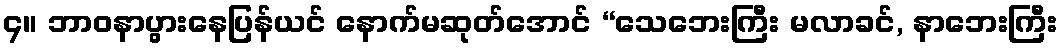
၄။ ဘာဝနာပွားနေပြန်ယင် နောက်မဆုတ်အောင် “သေဘေးကြီး မလာခင်, နာဘေးကြီး